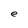
Character: e